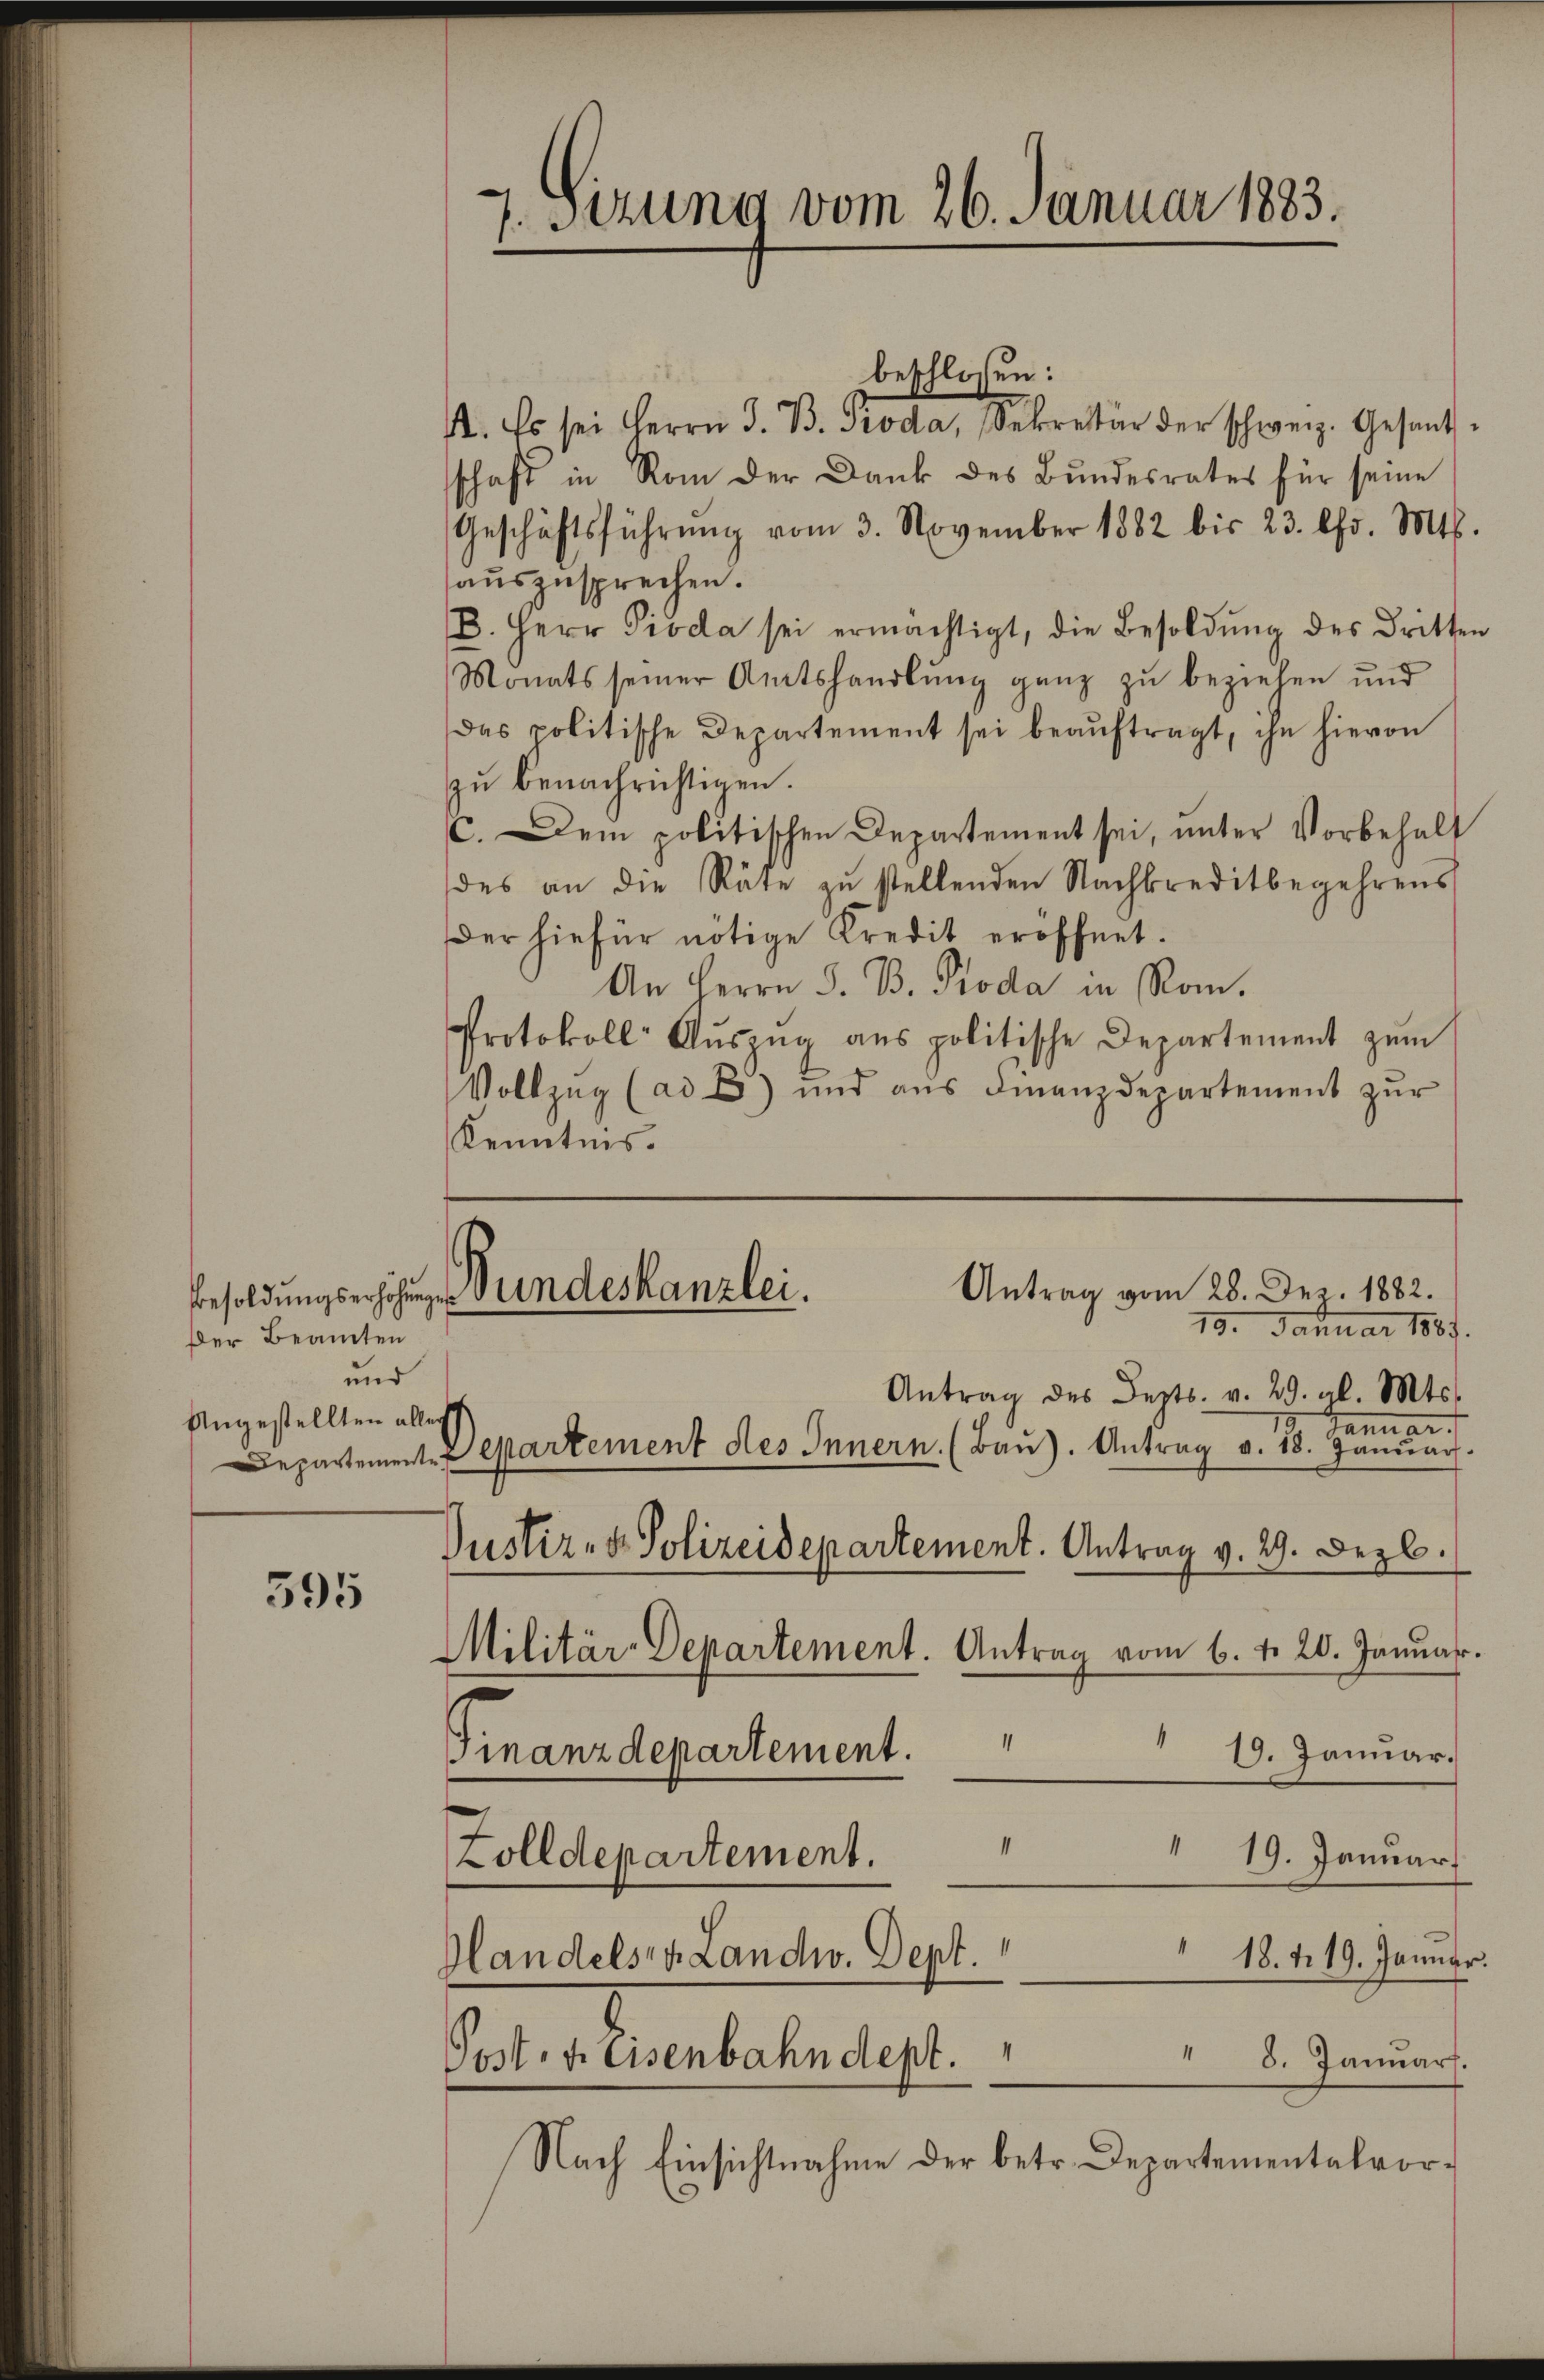
Der Beamten
und
Angestellten alles

395

7. Sizung vom 26. Januar 1883.

Antrag vom 28. Dez. 1882.
Besoldungserhöhung undeskanzlei.
10. Januar 1887.

Zolldepartement. " " 19. Januar
Handels, v. Landw. Sept. 18. d. 19. Januar.
 8. Januar.
Pest. v. Eisenbahndept.
Nach Einsichtnahme der betr. Departementalvor¬

beschlossen:
I. Es sei Herrn J. B. Proda, Sekretär der Schweiz. Gesandschaft in Rom der Dank des Bundesrates für seine
Geschäftsführŭng vom 3. November 1882 bis 23. Chr. Mts.
auszusprechen.
B. Herr Pioda sei ermächtigt, die Besoldung des Dritten
Monats seiner Amtshandlung ganz zu beziehen und
das politische Departement sei beaŭftragt, ihn hievon
zu benachrichtigen.
C. Dem politischen Departement sei, unter Vorbehalt
des an die Räte zŭ stellenden Nachkreditbegehrens
Der hiefür nötige Kredit eröffnet.
An Herrn S. B. Roda in Rom.
Protokoll Aŭszŭg ans politische Departement zŭm
Vollzug (ad b) und aŭs Finanzdepartement zŭr
Kenntnis.

Antrag des Berts. v. 29. gl. Mts.
e
Departemente Martement des Innern. (Baŭ). Antrag v. 18. Janŭar
Justiz- & Polizeidepartement. Antrag v. 29. Dezb.
Militär-Departement. Antrag vom 6. d. 20. Januar.
1
19. Januar.
Finanzdepartement.